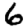
Digit: 6